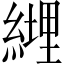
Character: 𦄆